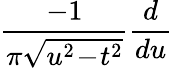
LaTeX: {\frac{-1}{\pi{\sqrt{u^{2}\! -\! t^{2}}}}}{\frac{d}{du}}